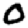
Digit: 0